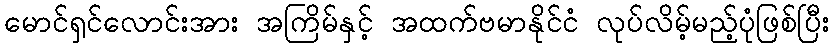
မောင်ရှင်လောင်းအား အကြိမ်နှင့် အထက်ဗမာနိုင်ငံ လုပ်လိမ့်မည့်ပုံဖြစ်ပြီး